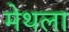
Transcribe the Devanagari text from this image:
मेथला